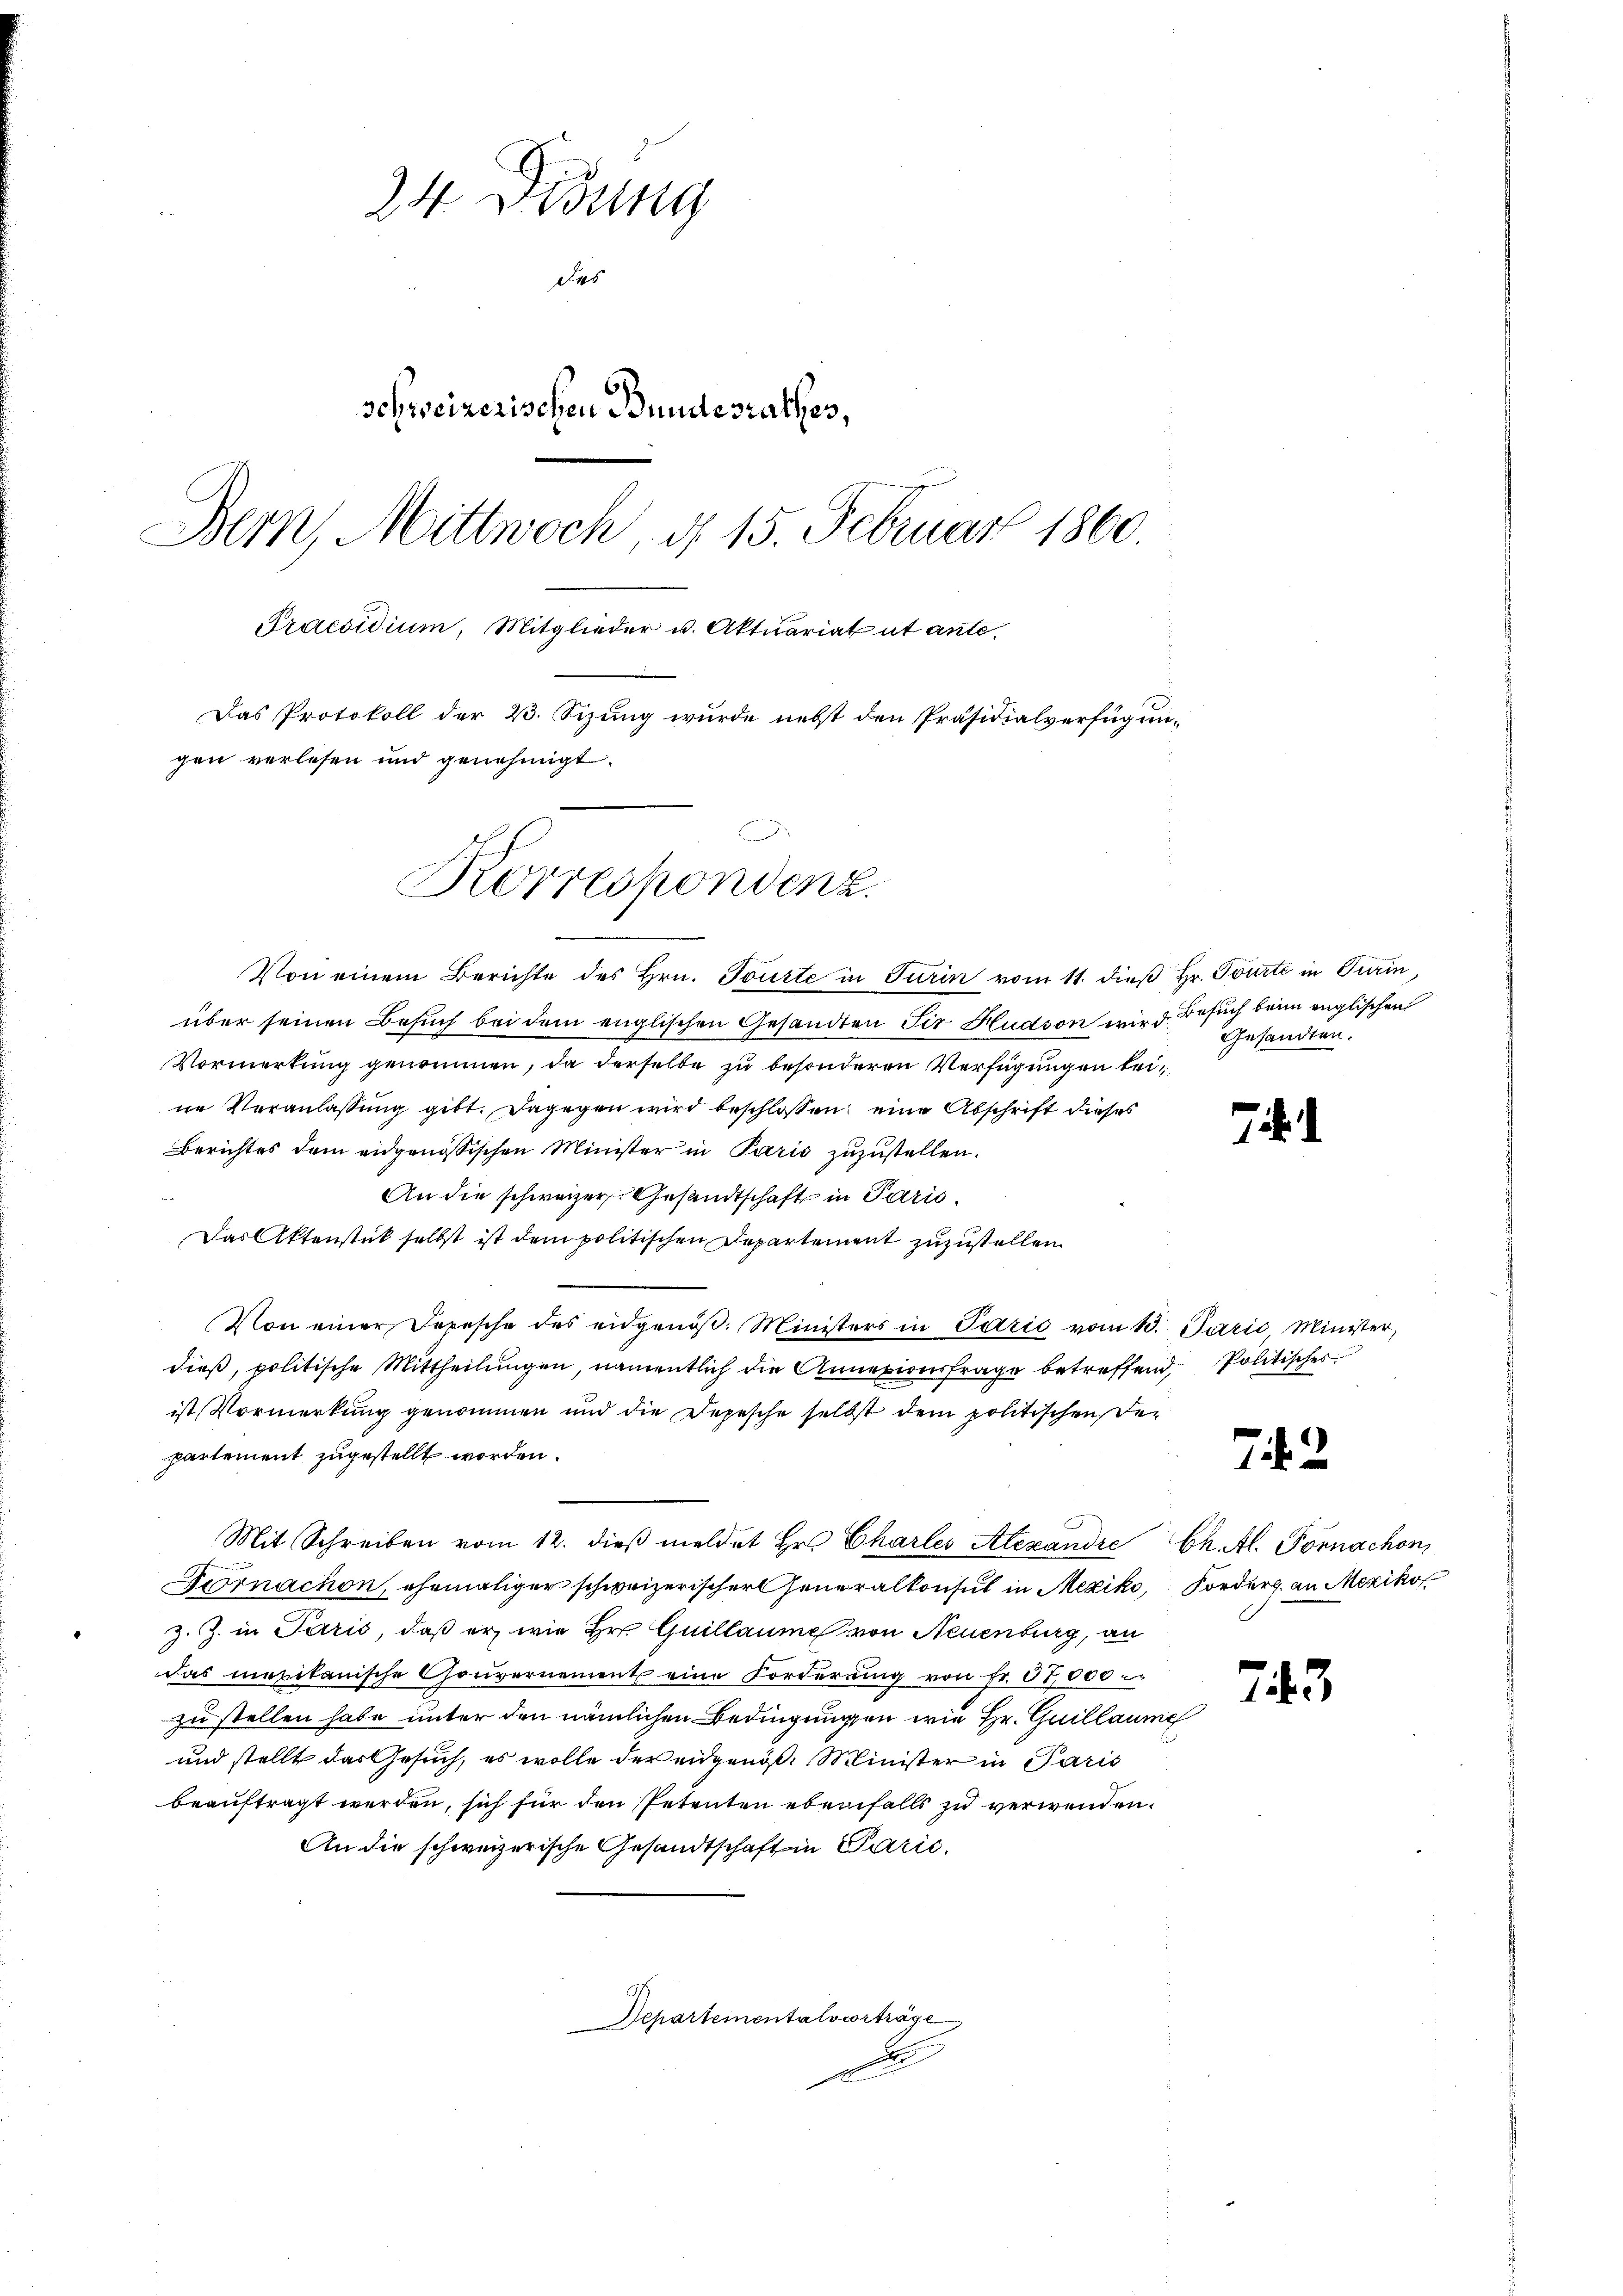
24 Didung
des
schweizerischen Bundesrathes,
Bern, Mittwoch, d. 15. Februar 1860.
Praesidium, Mitglieder u. Aktuariat ut ante¬
Das Protokoll der 2. Sizung wurde nebst den Präsidialverfügungen verlesen und genehmigt.

Von einem Berichte des Hrn. Tourte in Turin vom 11. dieß Hr. Tourti in Turin,
über seinen Besuch bei dem englischen Gesandten Sir Hudson wird Besuch beim englischen
Vormerkung genommen, da derselbe zu besonderen Verfügungen beine Veranlassung gibt. Dagegen wird beschlossen, eine Abschrift dieses
Berichtes dem eidgenössischen Minister in Paris zuzustellen.
An die schweizer Gesandtschaft in Paris¬
Das Aktenstück selbst ist dem politischen Departement zuzustellen.
Von einer Ferische des eidgenöß. Ministers in Parić vom 13. Paris, Minister,
dieß, politische Mittheilungen, namentlich die Annexionsfrage betreffend Politischer
ist Vormerkung genommen und die Depesche selbst dem politischen Departement zugestellt worden.
Mit Schreiben vom 12. dieβ meldet Hr. Charles Alexandre
Fornachon, ehemaliger schweizerischer Generalkonsul in Mexiko,
z. Z. in Paris, daß er, wie Hr. Guillaume von Neuenburg, an
das mexikanische Gouvernement eine Forderŭng von fr. 37,000
zu stellen habe unter den nämlichen Bedingungen wie Hr. Guillaum
und stellt das Gesuch, es wolle der eidgen. Minister in Paris
beauftragt werden, sich für den Petenten ebenfalls zu verwenden.
An die schweizerische Gesandtschaft in Parić.
Departementalscorträge
E

Korrespondenz.

Gesandten.

7.

72

Ch. Al. Fornachon
Forders an Mexikof

h

743